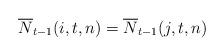
LaTeX: \begin{align*}\overline{N}_{t-1}(i,t,n)=\overline{N}_{t-1}(j,t,n)\end{align*}